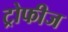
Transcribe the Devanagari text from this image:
ट्रोफीज